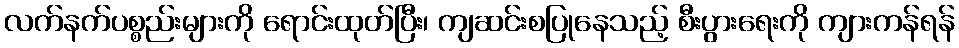
လက်နက်ပစ္စည်းများကို ရောင်းထုတ်ပြီး၊ ကျဆင်းစပြုနေသည့် စီးပွားရေးကို ကျားကန်ရန်